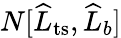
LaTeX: N[\widehat{L}_{\mathrm{ts}},\widehat{L}_{b}]